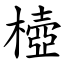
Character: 㯛